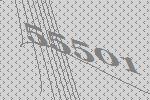
55501